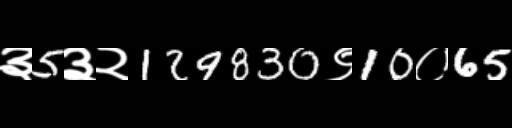
Text: ३5३२129830९10०65